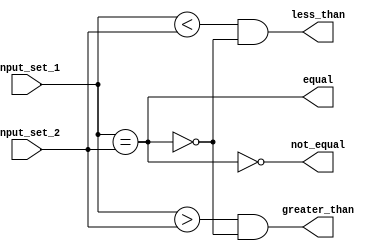
module parallel_comparator(input [7:0] input_set_1, input [7:0] input_set_2,
                              output equal, output not_equal, output greater_than, output less_than);

    // Comparing each pair of bits
    assign equal = &(input_set_1 == input_set_2);
    assign not_equal = !equal;
    
    // Comparing for greater than and less than
    assign greater_than = |((input_set_1 > input_set_2) & ~equal);
    assign less_than = |((input_set_1 < input_set_2) & ~equal);

endmodule